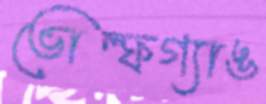
ভোল্ফগ্যাঙ